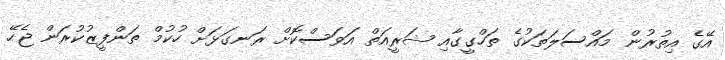
އޭގެ އިތުރުން މައްސަލަތަކުގެ ތަހްގީގާއި ޝަރީއަތް އަވަސްކޮށް ރަނގަޅަށް ހުކުމް ތަންފީޒުކުރަން ޖެހޭ